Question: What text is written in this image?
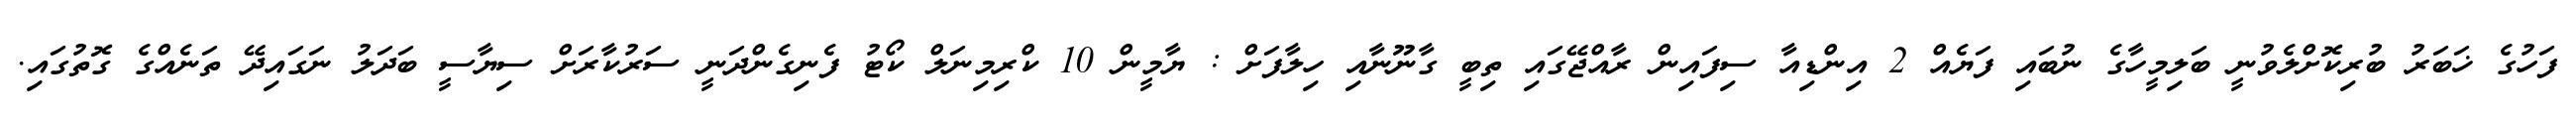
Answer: ފަހުގެ ޚަބަރު ބުރިކޮށްލެވުނީ ބަލިމީހާގެ ނުބައި ފަޔެއް 2 އިންޑިއާ ސިފައިން ރާއްޖޭގައި ތިބީ ގާނޫނާއި ހިލާފަށް : ޔާމީން 10 ކްރިމިނަލް ކޯޓު ފެނިގެންދަނީ ސަރުކާރަށް ސިޔާސީ ބަދަލު ނަގައިދޭ ތަނެއްގެ ގޮތުގައި.